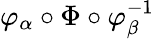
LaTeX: \varphi_{\alpha}\circ\Phi\circ\varphi_{\beta}^{-1}